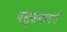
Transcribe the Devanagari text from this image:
वसूसमागमें